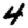
Digit: 4